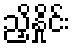
ညှိနှိုင်း